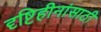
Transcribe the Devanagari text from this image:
दृष्टिहीनांसाठी